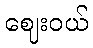
ဈေးဝယ်